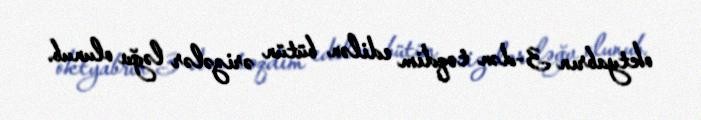
oktyabrın 3-dən təqdim edilən bütün ərizələr ləğv olunub.